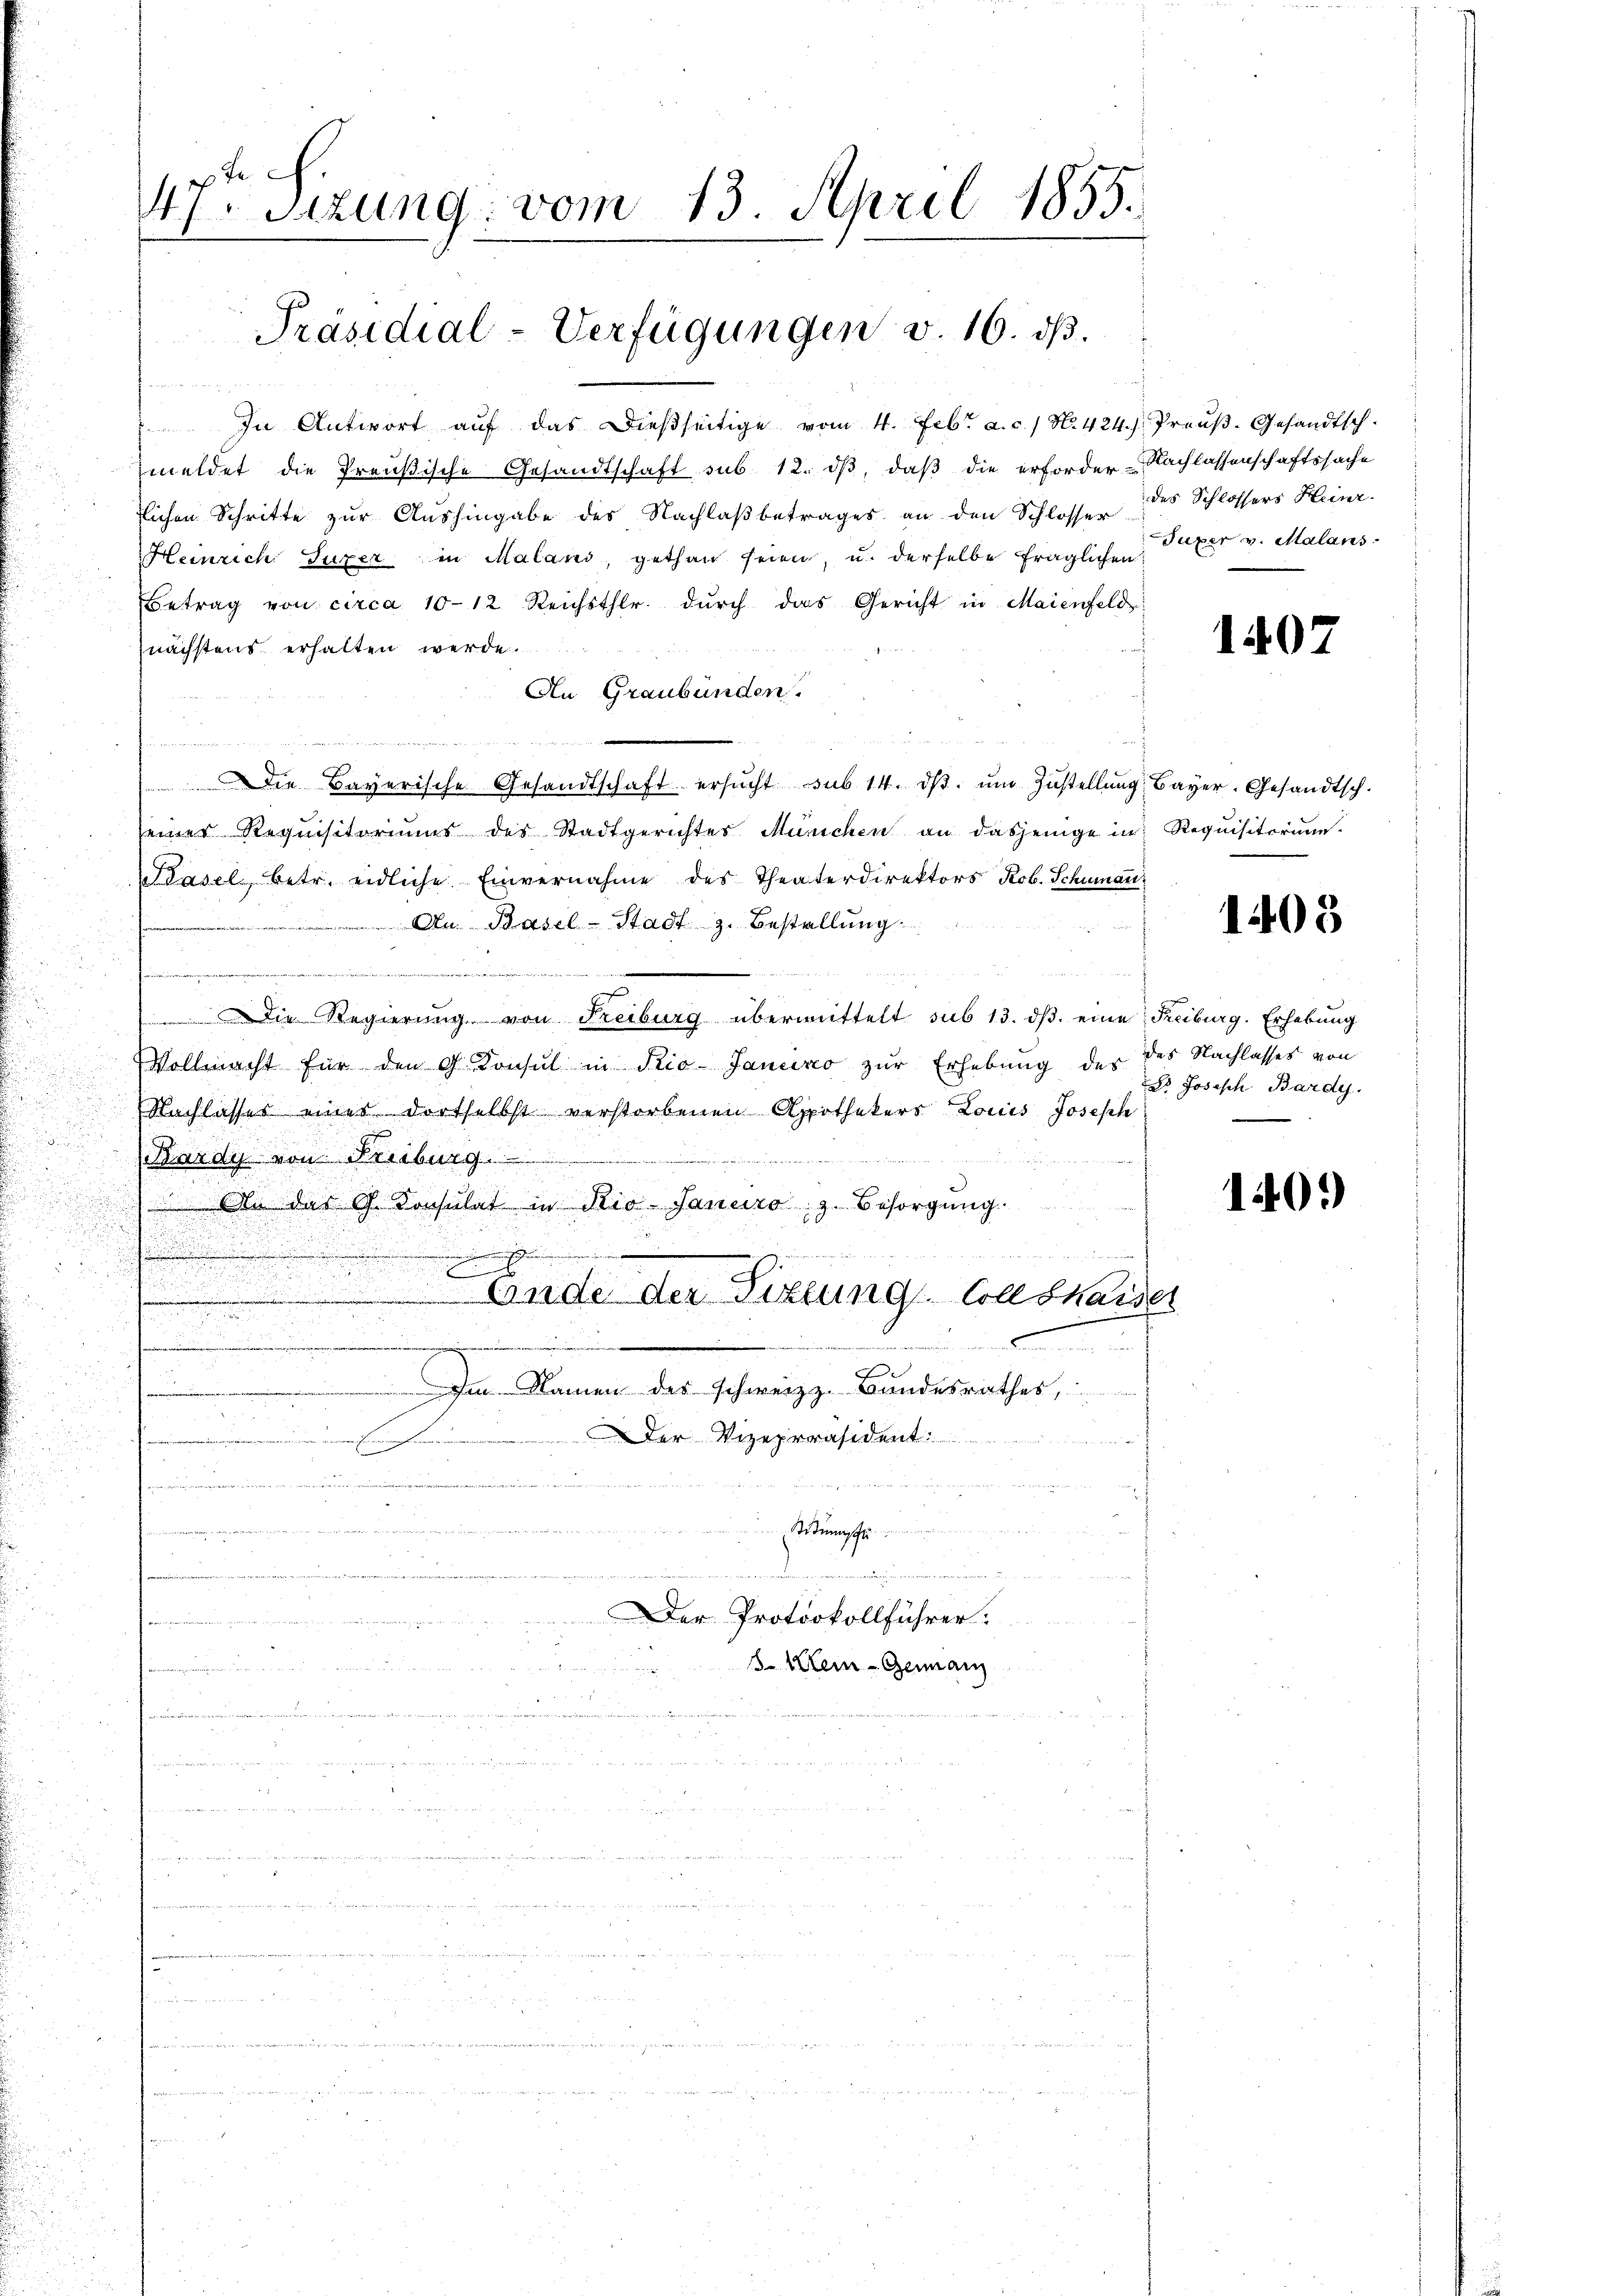
M 4 x
In Antwort aŭf das dießseitige vom 4. Febr. a. c. / N. 424. s. Preŭβ-Gesandtsch-
meldet die Preußische Gesandtschaft sub 12. ds, daß die erforder-Nachlassenschaftssache
tlichen Schritte zŭr Aŭshingabe des Nachlaβbetrages an den Schlosse des Schlossers Heinr.
Heinrich Super in Maland, gethan seien, u. derselbe fraglichen Taxer v. Malans
Betrag von circa 10-12 Reichsthlr. dŭrch das Gericht in Maienfeld
nächstens erhalten werde.
An Graubünden.
e
u
Die Bayerische Gesandtschaft ersŭcht sub 14. dβ. ŭm Zŭstellŭng Bayer. Gesandtsch.
seiner Requisitoriums des Stadtgerichtes München an dasjenige in Requisitorium
Pasel betr. eidliche Einvernahme des Theaterdirektors Rob. Schumar
Au Basel-Stadt z. Bestellung

en

fennin
 Die Regierung von Freiburg übermittelt sub 13. dβ eine Freiburg. Erhebung
Vollmacht für den G. Konsul in Stio- Janeiro zur Erhebung der des Nachlasses von
Nachlasses eines dortselbst verstorbenen Apothekers Louis Joseph
Kardy von Freiburg ......................
 An des G. Consulat in Rio-Janaro z. Besorgŭng.
.

.
u
.
d

n

Ende der Sitzung Colldhaiser
u
.
2
n

Im Namen des Schweiz z. Bundesrathes,
e
8 800 x
Der Vizepräsident
e
.

Stette
u

 einen meinen angen eingen nennen vernommen voneinan
Der Protokollführer.

heit ihr einer die
8. Mein - Genann
.
e
u

47. Sitzung vom 13. April 1855.
5

Präsidial-Verfügungen v. 16. ds.

1407

1408

d Joseph Bardy.

140.)